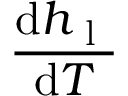
\frac { \mathrm { d } h _ { \mathrm { ~ l ~ } } } { \mathrm { d } T }